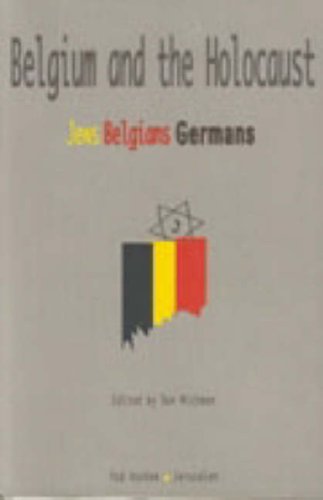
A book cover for Belgium and the Holocaust: Jews, Belgians, Germans; History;